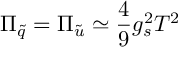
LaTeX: \Pi _ { \tilde { q } } = \Pi _ { \tilde { u } } \simeq \frac { 4 } { 9 } g _ { s } ^ { 2 } T ^ { 2 }